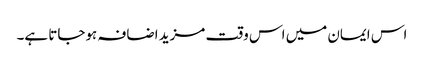
اس ایمان میں اس وقت مزید اضافہ ہوجاتا ہے۔